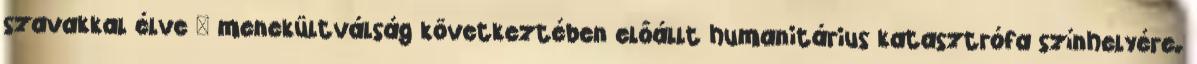
szavakkal élve – menekültválság következtében előállt humanitárius katasztrófa színhelyére.